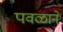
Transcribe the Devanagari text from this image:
पवळाने